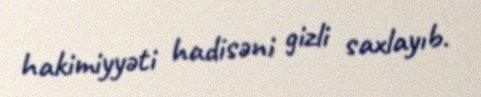
hakimiyyəti hadisəni gizli saxlayıb.